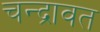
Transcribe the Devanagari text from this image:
चन्द्रावत